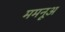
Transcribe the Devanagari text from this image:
ममनूअ